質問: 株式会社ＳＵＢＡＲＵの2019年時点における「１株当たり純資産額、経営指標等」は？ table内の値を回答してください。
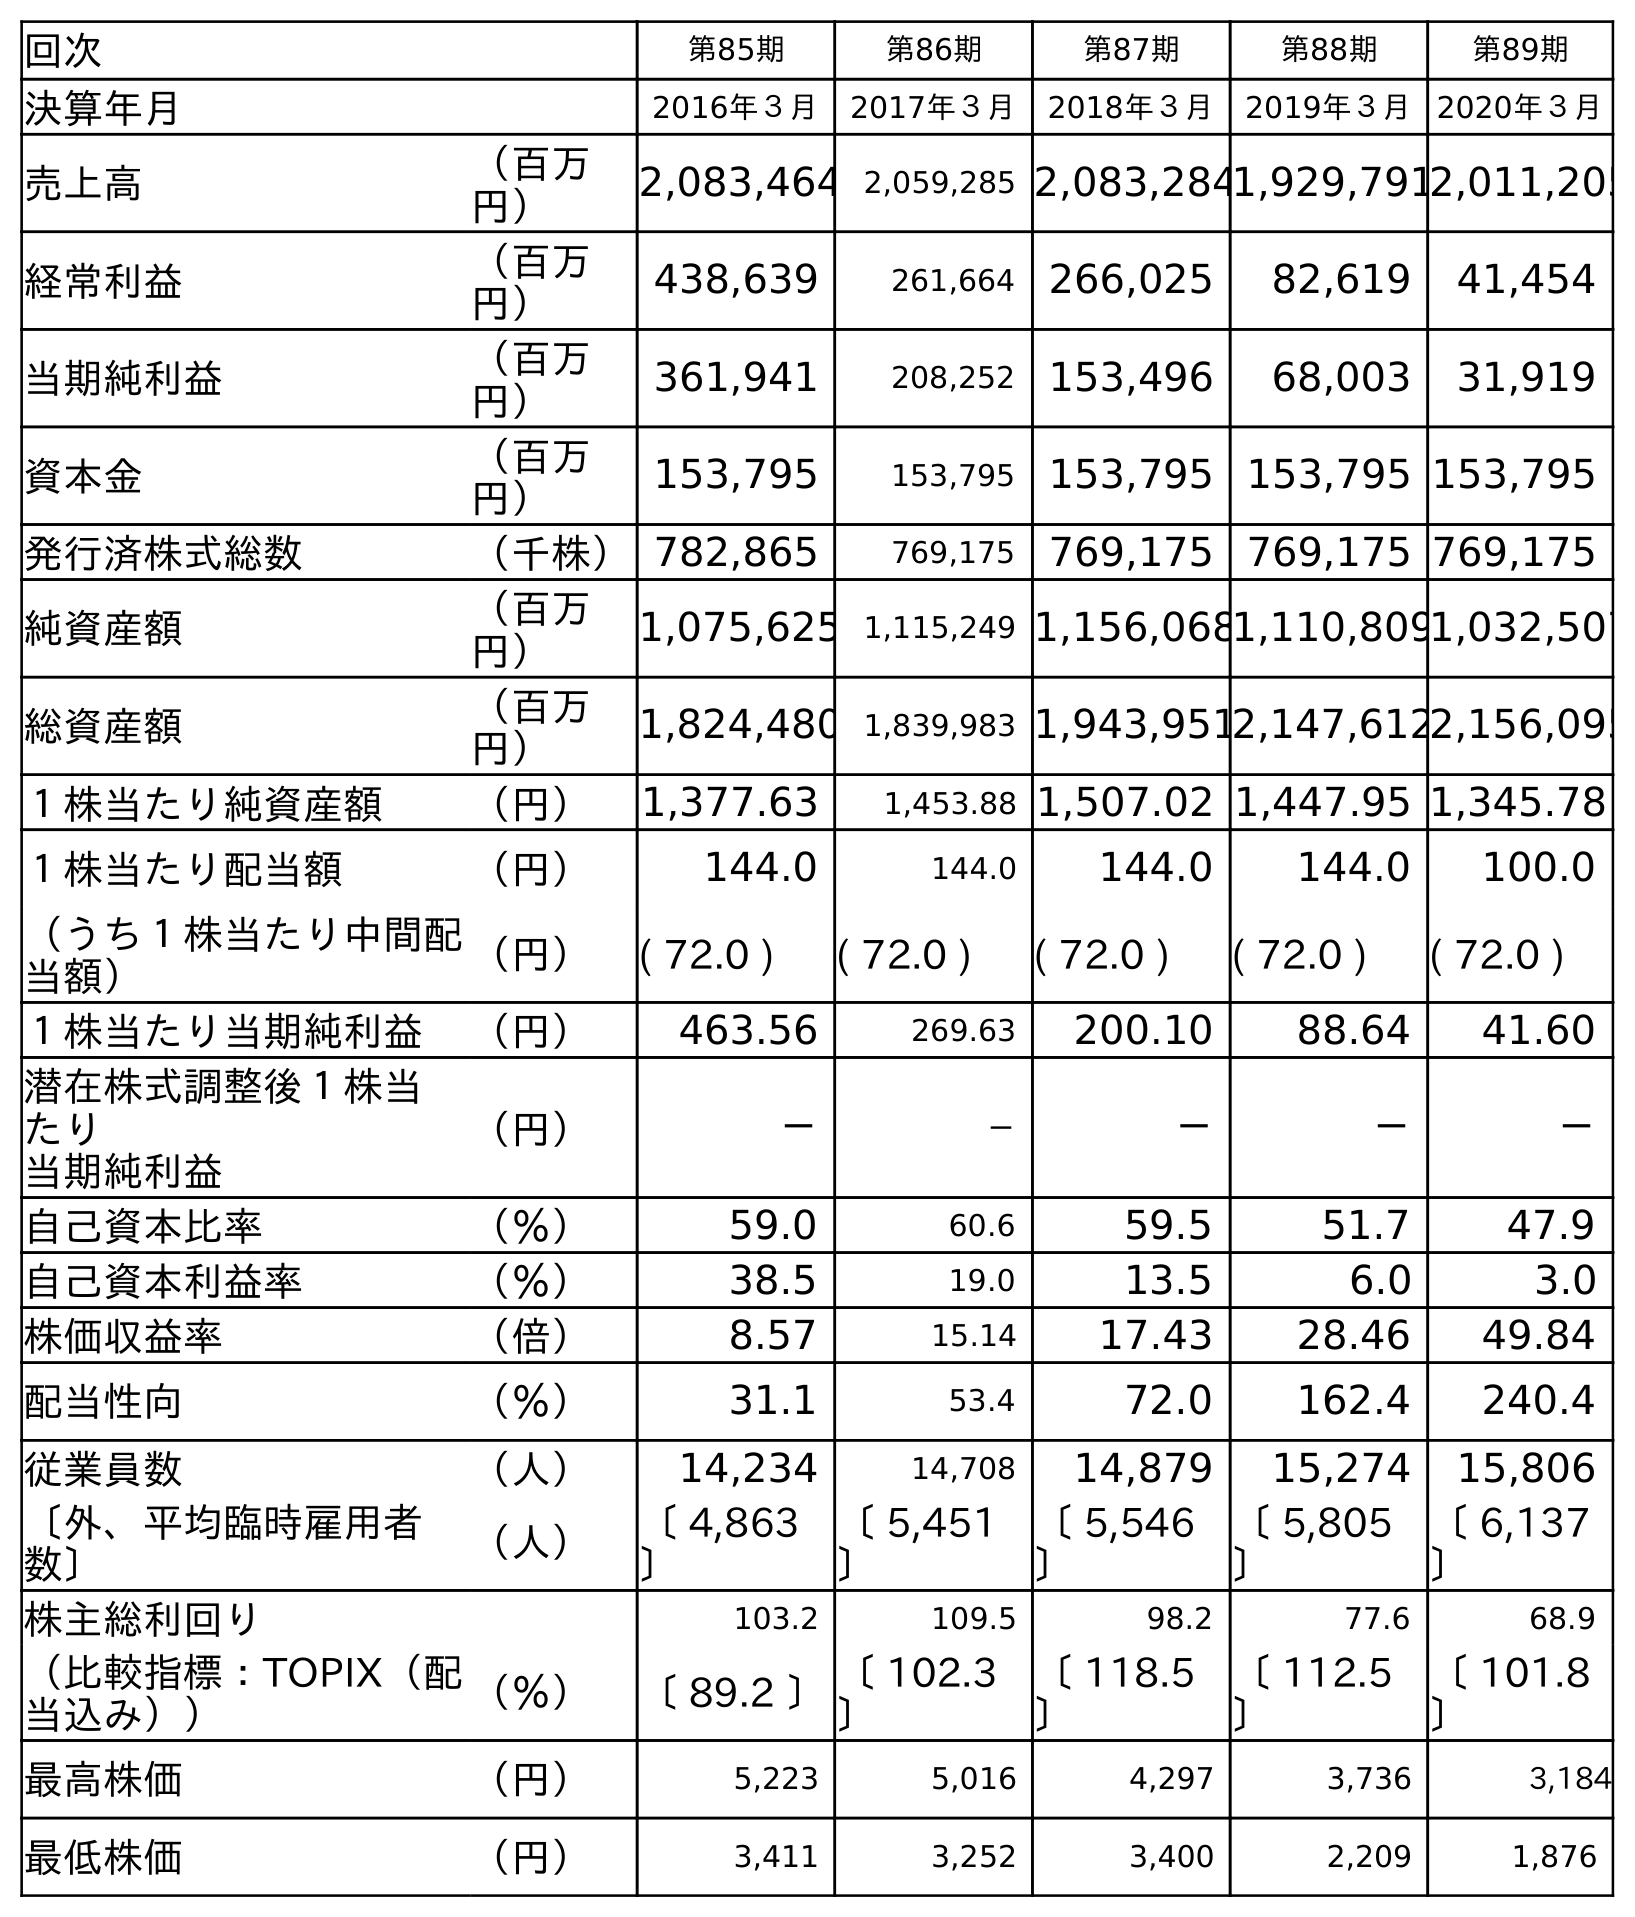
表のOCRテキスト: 回次 第85期 第86期 第87期 第88期 第89期 決算年月 2016年３月 2017年３月 2018年３月 2019年３月 2020年３月 売上高 （百万 円） 2,083,464 2,059,285 2,083,2841,929,7912,011,205 経常利益 （百万 円） 438,639 261,664 266,025 82,619 41,454 当期純利益 （百万 円） 361,941 208,252 153,496 68,003 31,919 資本金 （百万 円） 153,795 153,795 153,795 153,795 153,795 発行済株式総数 （千株）782,865 769,175 769,175 769,175 769,175 純資産額 （百万 円） 1,075,625 1,115,249 1,156,0681,110,8091,032,507 総資産額 （百万 円） 1,824,480 1,839,983 1,943,9512,147,6122,156,095 １株当たり純資産額 （円） 1,377.63 1,453.88 1,507.02 1,447.95 1,345.78 １株当たり配当額 （円） 144.0 144.0 144.0 144.0 100.0 （うち１株当たり中間配 当額） （円） ( 72.0 ) ( 72.0 ) ( 72.0 ) ( 72.0 ) ( 72.0 ) １株当たり当期純利益 （円） 463.56 269.63 200.10 88.64 41.60 潜在株式調整後１株当 たり 当期純利益 （円） － － － － － 自己資本比率 （％） 59.0 60.6 59.5 51.7 47.9 自己資本利益率 （％） 38.5 19.0 13.5 6.0 3.0 株価収益率 （倍） 8.57 15.14 17.43 28.46 49.84 配当性向 （％） 31.1 53.4 72.0 162.4 240.4 従業員数 （人） 14,234 14,708 14,879 15,274 15,806 〔外、平均臨時雇用者 数〕 （人） 〔 4,863 〕 〔 5,451 〕 〔 5,546 〕 〔 5,805 〕 〔 6,137 〕 株主総利回り 103.2 109.5 98.2 77.6 68.9 （比較指標：TOPIX（配 当込み）） （％） 〔 89.2 〕〔 102.3 〕 〔 118.5 〕 〔 112.5 〕 〔 101.8 〕 最高株価 （円） 5,223 5,016 4,297 3,736 3,184 最低株価 （円） 3,411 3,252 3,400 2,209 1,876
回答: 1,447.95